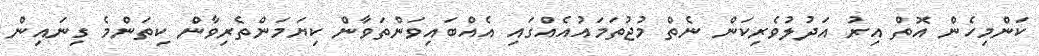
ކަންމިހެން އޮތް އިރު އަދުލުވެރިކަން ނެތް މުޖުތަމައުއެއްގައި އެއްބައިވަންތަވާން ކިޔަމަންތެރިވާން ކިތަންމެ ގިނައިން